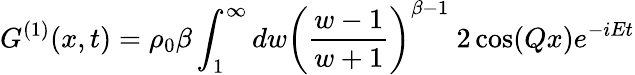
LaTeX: G^{(1)}(x,t)=\rho_{0}\beta\int_{1}^{\infty}dw\left({\frac{w-1}{w+1}}\right)^{\beta-1}\ 2\cos(Qx)e^{-iEt}